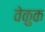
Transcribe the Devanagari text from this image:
वेकुक